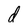
Character: d